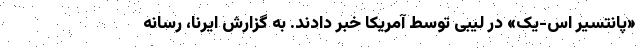
«پانتسیر اس-یک» در لیبی توسط آمریکا خبر دادند. به گزارش ایرنا، رسانه